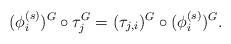
LaTeX: \begin{align*} (\phi_i^{(s)})^G\circ \tau_j^G=(\tau_{j,i})^G\circ (\phi_i^{(s)})^G. \end{align*}